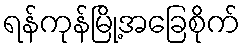
ရန်ကုန်မြို့အခြေစိုက်